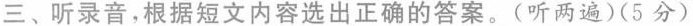
三、听录音，根据短文内容选出正确的答案。（听两遍）（5分）